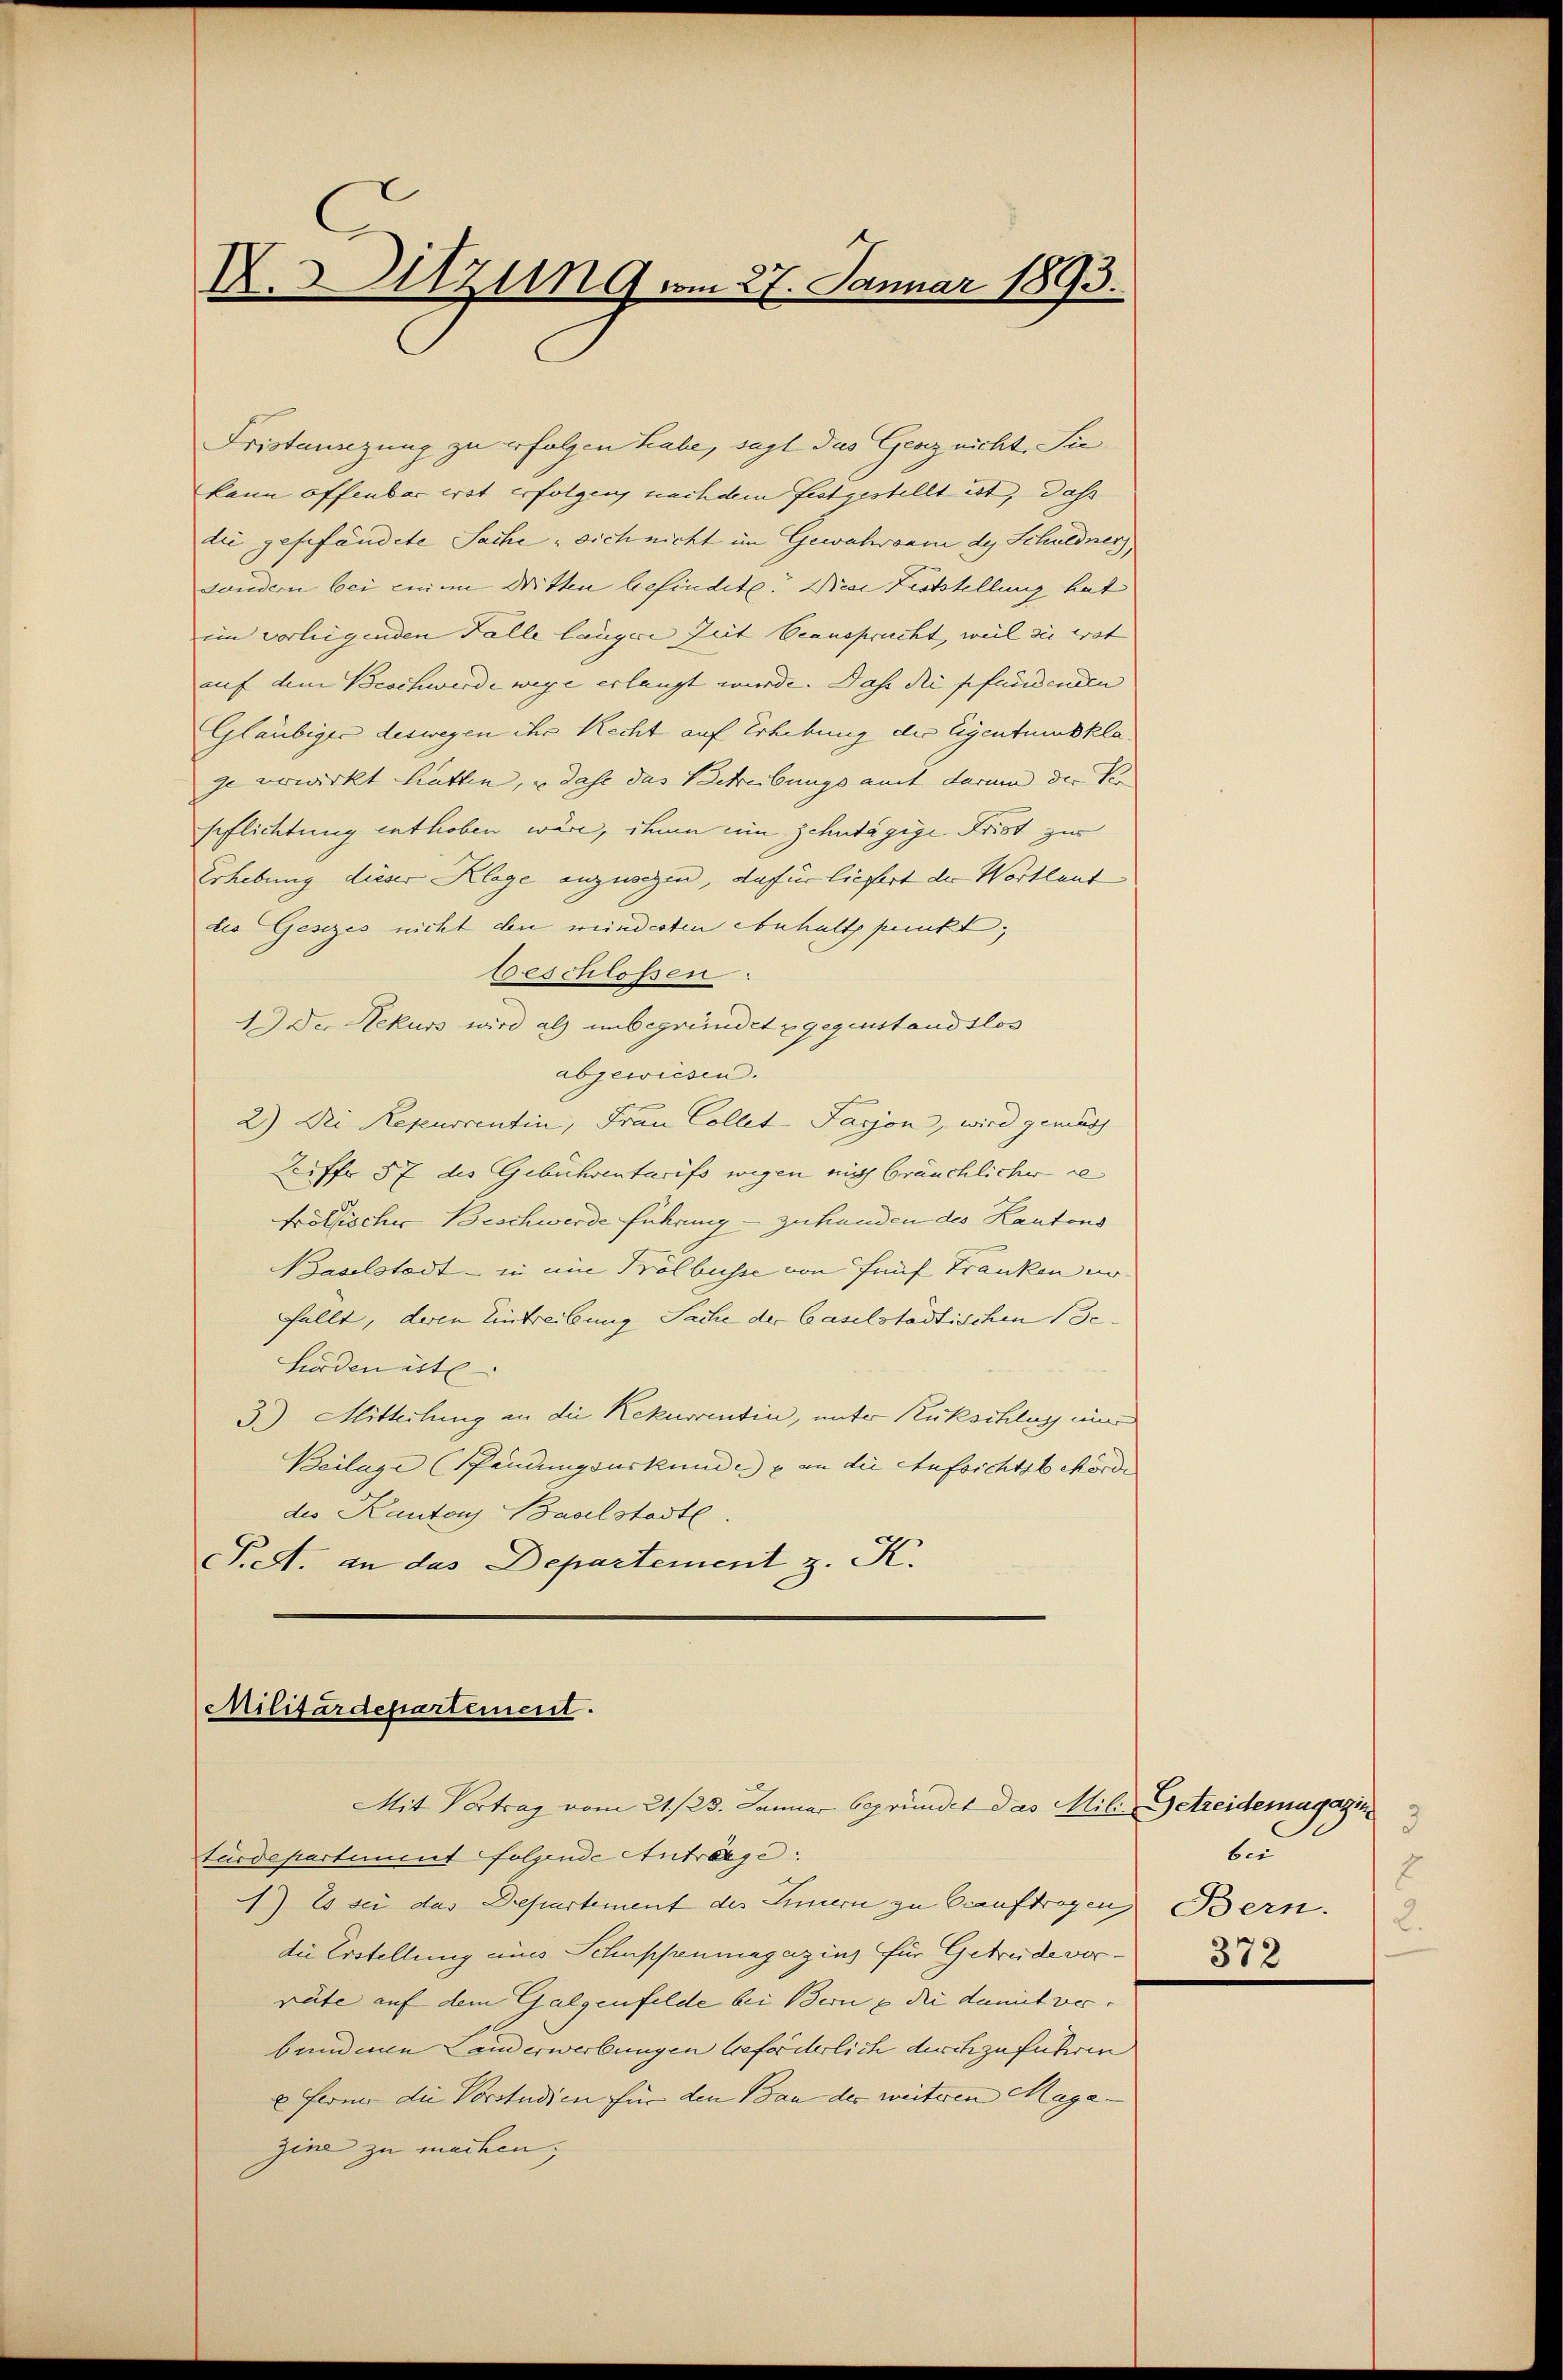
C
X.Sitzung vom 27. Januar 1893.

Fristanzung zu erfolgen habe, sagt das Graz nicht. Sie
kann offenbar tot erfolgen, nach dem festgestellt ist, daß
lii gefefändete Sache sich nicht im Gewahrsam des Schuldner,
Landern bei einem Dritten befindete. Die Feststellung hat
im vorliegenden Falle langere Zeit beansprucht, weil sie erst
auf dem Beschwerde wege erlangt wurde. Daß die pfundenen
Gläubiger deswegen ihr Recht auf Erhebung der Eigentumsklage verwirkt hatten, u dass das Schreibungs aut darum die Ver
Pflichtung enthoben wäre, ihnen eine schutägige Frist zur
Erhebung dieser Klage anzusegen, dafür liefert der Wortlaut
lis Gesezes nicht den minderten Anhaltspunkt,
beschlossen:
1.) Der Rekurs wird als unbegründet gegenstandslos
abgewiesen.
2) Die Repurrentin, Frau Collet-Farjon, wird gemach
Seiff 57 des Gebührentarifs wegen nicht bräuchlicher re
Frolischer Beschwerde führung - zuhanden des Kantons
Baselstadt - in eine Prölbusse von fünf Franken un
fällt, deren Eintreibung Sache der baselstädtischen Be¬
Lörden östl
3.) Mitteilung an die Rekurrentin, unter Rückschlag eine
Beilage (Pfändungsurkunde & an die Aufsichtsbehörde
des Kanton Baselstadt.
Fest. an das Departement z. K.

Militärdepartement.

turdepartement folgende Anträge:
) Es sei das Departement des Innern zu beauftragen Bern.2
die Erstellung aus Schuppenmagazins für Getreide ver-
räte auf dem Galgenfelde bei Bern & die damit ver- |
bundenen Landerwerbungen beforderlich durch zu führen
e Ferne die Vorstudien für den Bau der weiteren Maga- |
gine zu machen;

Mit Vertrag vom 21./23. Januar begründet das Mili, Getreidemagazin

3
ben
E